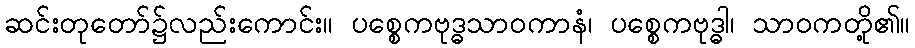
ဆင်းတုတော်၌လည်းကောင်း။ ပစ္စေကဗုဒ္ဓသာဝကာနံ၊ ပစ္စေကဗုဒ္ဓါ၊ သာဝကတို့၏။